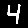
Digit: 4